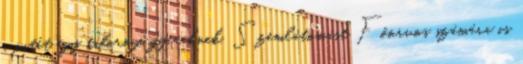
a pitét egy tábornyi gyereknek. Szemlátomást Főorvos számára is